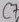
Text: C7